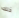
ذلك